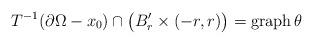
LaTeX: \begin{align*}T^{-1}(\partial\Omega-x_0)\cap \big(B'_r\times(-r,r)\big)={\rm graph}\,\theta\end{align*}